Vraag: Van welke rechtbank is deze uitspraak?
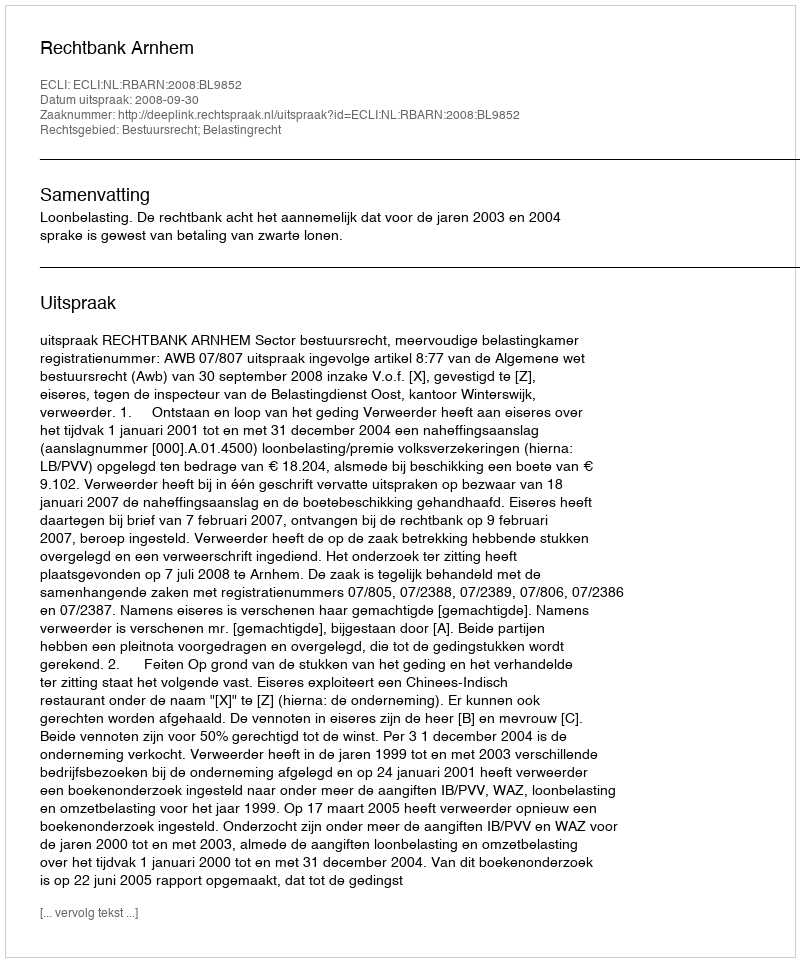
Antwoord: Rechtbank Arnhem